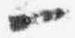
一